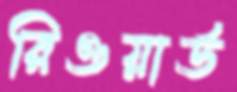
রিওয়ার্ড